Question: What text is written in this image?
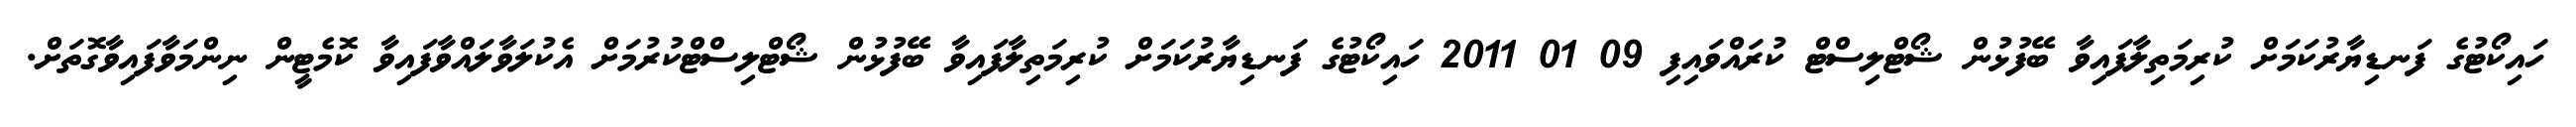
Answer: ހައިކޯޓުގެ ފަނޑިޔާރުކަމަށް ކުރިމަތިލާފައިވާ ބޭފުޅުން ޝޯޓްލިސްޓް ކުރައްވައިފި 09 01 2011 ހައިކޯޓުގެ ފަނޑިޔާރުކަމަށް ކުރިމަތިލާފައިވާ ބޭފުޅުން ޝޯޓްލިސްޓްކުރުމަށް އެކުލަވާލައްވާފައިވާ ކޮމެޓީން ނިންމަވާފައިވާގޮތަށް.